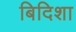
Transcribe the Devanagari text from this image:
बिदिशा